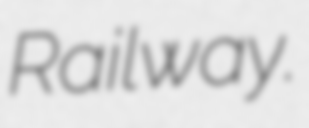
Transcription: Railway.